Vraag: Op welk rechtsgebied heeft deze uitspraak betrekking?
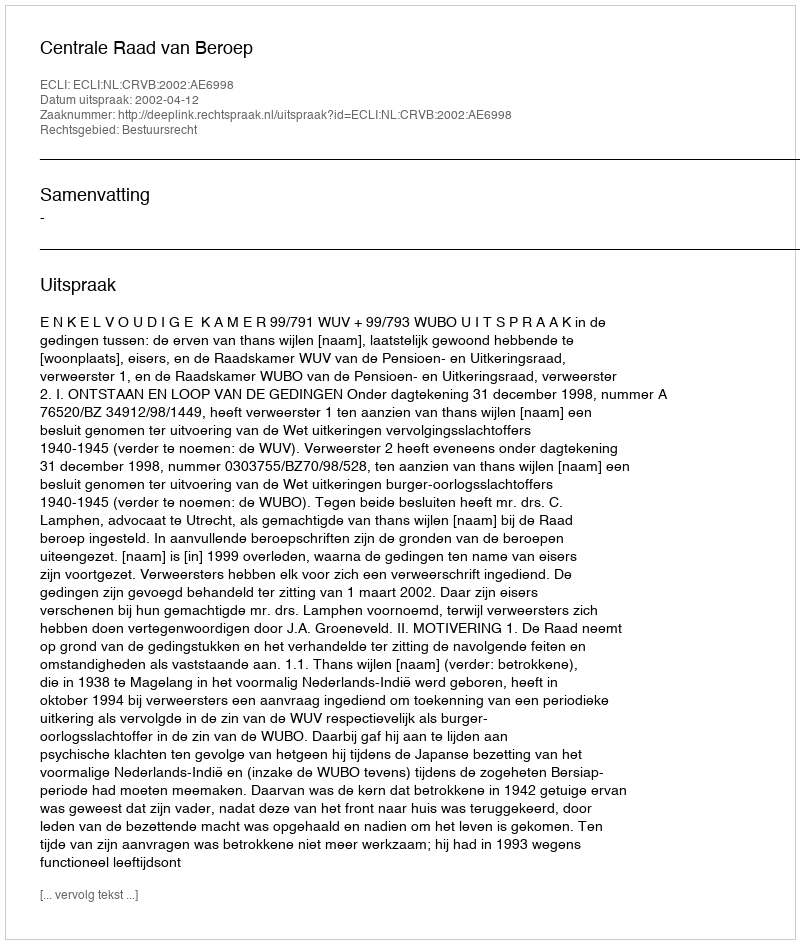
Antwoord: Bestuursrecht